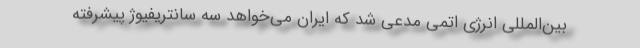
بین‌المللی انرژی اتمی مدعی شد که ایران می‌خواهد سه سانتریفیوژ پیشرفته